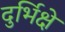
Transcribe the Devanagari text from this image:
दुर्भिक्षे